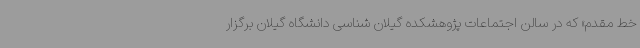
خط مقدم» که در سالن اجتماعات پژوهشکده گیلان شناسی دانشگاه گیلان برگزار